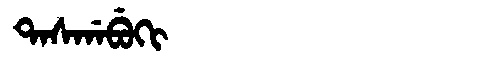
Manchu: ᡨᠠᠰᡤᠠᠪᡠᡴᡳ
Romanization: TASGABUKI